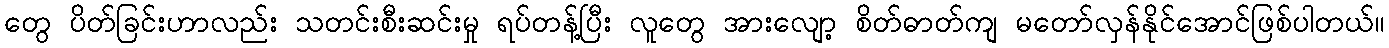
တွေ ပိတ်ခြင်းဟာလည်း သတင်းစီးဆင်းမှု ရပ်တန့်ပြီး လူတွေ အားလျော့ စိတ်ဓာတ်ကျ မတော်လှန်နိုင်အောင်ဖြစ်ပါတယ်။